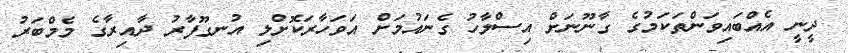
ދީނީ އެއްބައިވަންތަކަމުގެ ގާނޫނަށް އިސްލާހު ގެނައުމަށް އަވަހާރަކޮށްލި އުނގޫފާރު ދާއިރާގެ މެމްބަރު